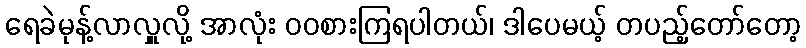
ရေခဲမုန့်လာလှူလို့ အာလုံး ဝဝစားကြရပါတယ်၊ ဒါပေမယ့် တပည့်တော်တော့